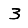
Digit: 3